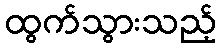
ထွက်သွားသည့်